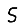
Digit: 5